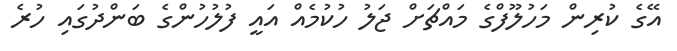
އޭގެ ކުރިން މަހުލޫފްގެ މައްޗަށް ޖަލު ހުކުމެއް އައީ ފުލުހުންގެ ބަންދުގައި ހުރެ